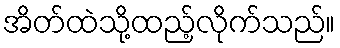
အိတ်ထဲသို့ထည့်လိုက်သည်။